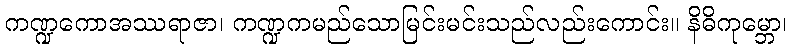
ကဏ္ဍကောအဿရာဇာ၊ ကဏ္ဍကမည်သောမြင်းမင်းသည်လည်းကောင်း။ နိဓိကုမ္ဘော၊